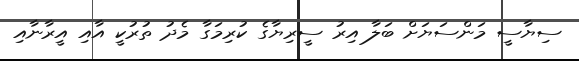
ސިޔާސީ މަންސަޔަށް ބަލާ އިރު ސީރިޔާގެ ކުރިމަގާ މެދު ތުރުކީ އާއި އީރާނާއި